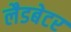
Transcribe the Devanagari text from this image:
लैडबेटर